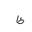
Letter: _za